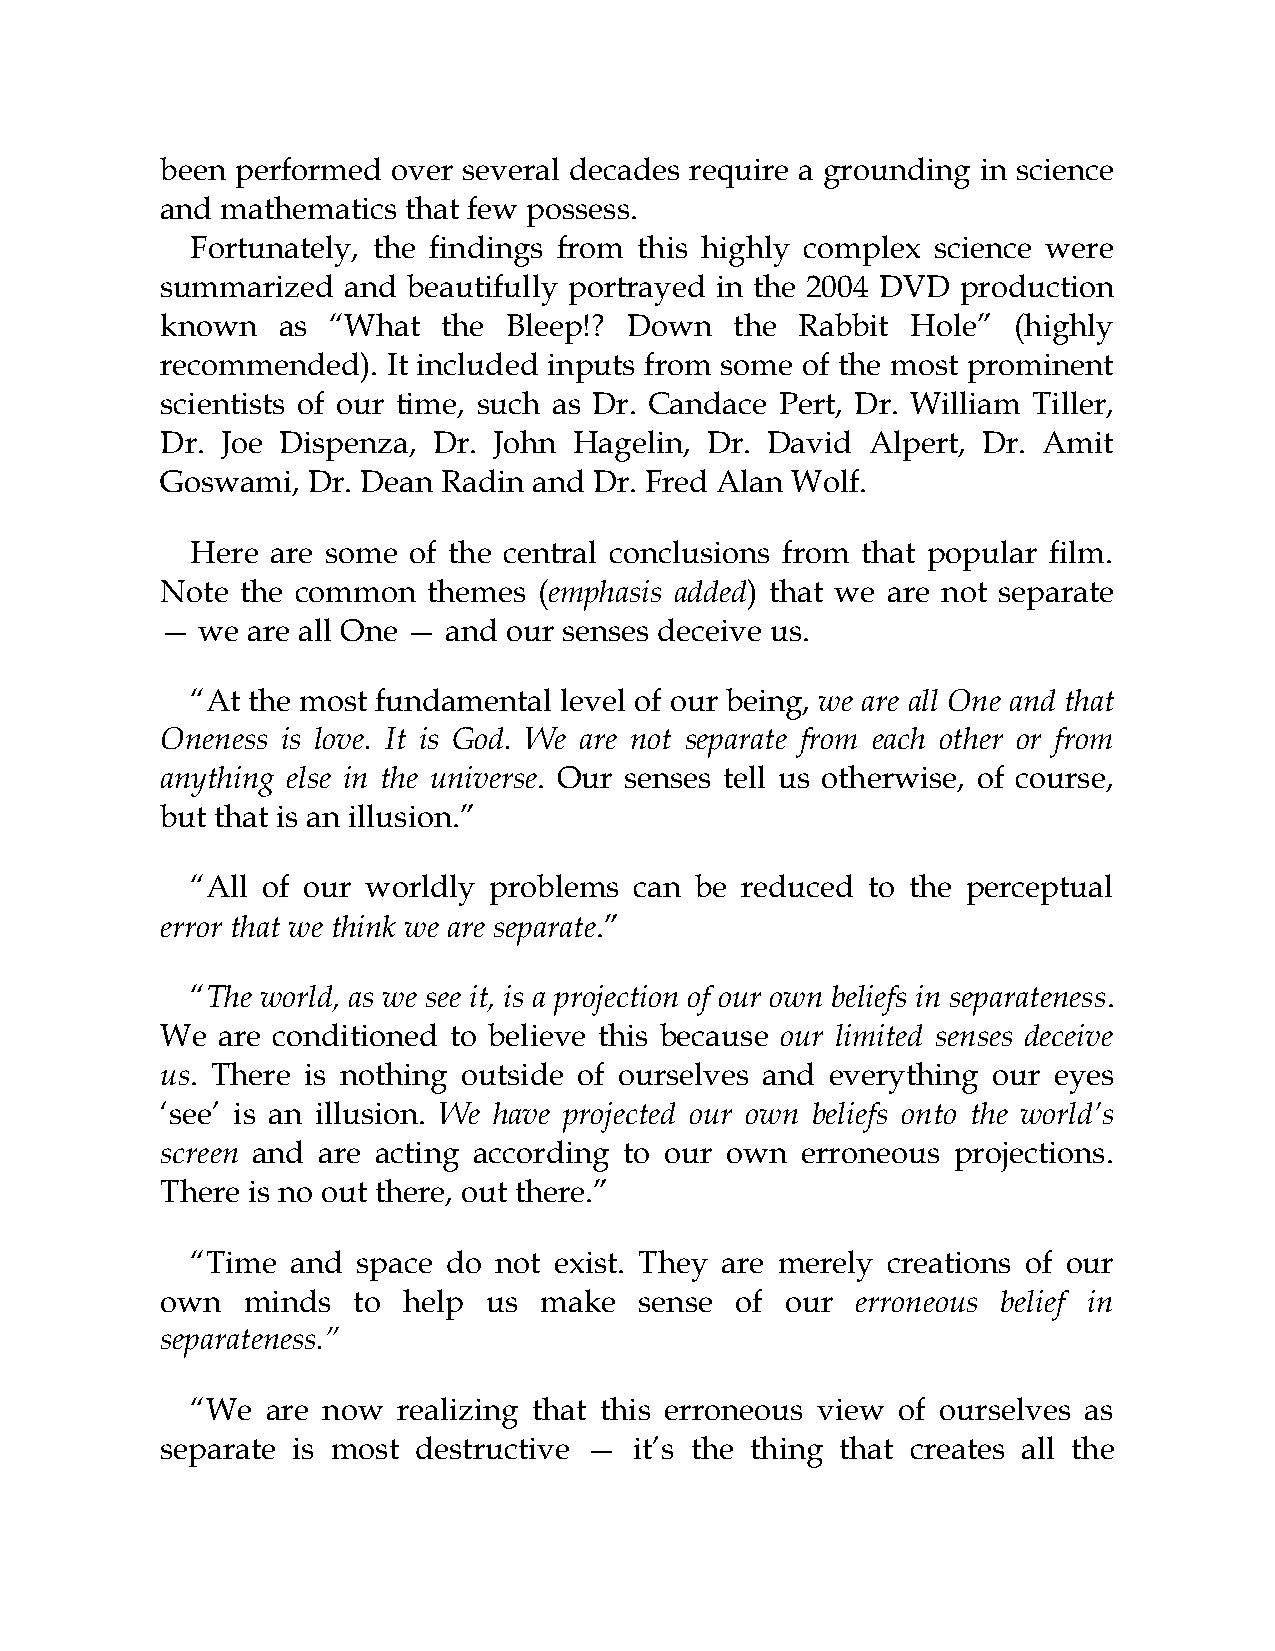
been performed over several decades require a grounding in science
 and mathematics that few possess.
 Fortunately, the findings from this highly complex science were
 summarized  and beautifully portrayed in the 2004 DVD production
 known  as  “What  the Bleep!? Down    the Rabbit Hole”  (highly
 recommended).  It included inputs from some of the most prominent
 scientists of our time, such as Dr. Candace Pert, Dr. William Tiller,
 Dr. Joe Dispenza, Dr. John Hagelin, Dr. David  Alpert, Dr. Amit
 Goswami, Dr. Dean Radin and Dr. Fred Alan Wolf.
 Here are some of the central conclusions from that popular film.
 Note the common  themes  (emphasis added) that we are not separate
 — we are all One — and our senses deceive us.
 “At the most fundamental level of our being, we are all One and that
 Oneness is love. It is God. We are not separate from each other or from
 anything else in the universe. Our senses tell us otherwise, of course,
 but that is an illusion.”
 “All of our worldly problems can be reduced to the perceptual
 error that we think we are separate.”
 “The world, as we see it, is a projection of our own beliefs in separateness.
 We are conditioned to believe this because our limited senses deceive
 us. There is nothing outside of ourselves and everything our eyes
 ‘see’ is an illusion. We have projected our own beliefs onto the world’s
 screen and are acting according to our own erroneous projections.
 There is no out there, out there.”
 “Time and  space do not exist. They are merely creations of our
 own  minds  to  help us  make  sense  of our  erroneous belief in
 separateness.”
 “We  are now realizing that this erroneous view of ourselves as
 separate is most destructive — it’s the thing that creates all the